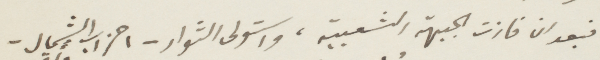
فبعد ان فازت الجبهة الشعبية، واستولى الثوار- أحزاب الشمال -